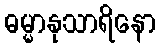
ဓမ္မာနုသာရိနော